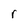
Character: r